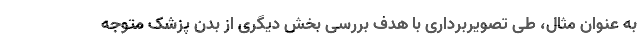
به عنوان مثال، طی تصویربرداری با هدف بررسی بخش دیگری از بدن پزشک متوجه